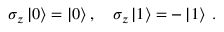
\sigma _ { z } \left| 0 \right\rangle = \left| 0 \right\rangle , \quad \sigma _ { z } \left| 1 \right\rangle = - \left| 1 \right\rangle \; .